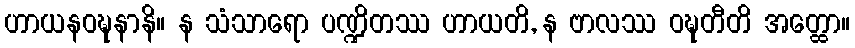
ဟာယနဝဍ္ဎနာနိ။ န သံသာရော ပဏ္ဍိတဿ ဟာယတိ, န ဗာလဿ ဝဍ္ဎတီတိ အတ္ထော။